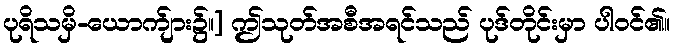
ပုရိသမှိ-ယောက်ျား၌။] ဤသုတ်အစီအရင်သည် ပုဒ်တိုင်းမှာ ပါဝင်၏။